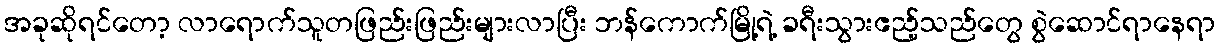
အခုဆိုရင်တော့ လာရောက်သူတဖြည်းဖြည်းများလာပြီး ဘန်ကောက်မြို့ရဲ့ ခရီးသွားဧည့်သည်တွေ စွဲဆောင်ရာနေရာ